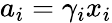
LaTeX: a_{i}=\gamma_{i}x_{i}